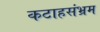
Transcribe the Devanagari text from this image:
कटाहसंभ्रम